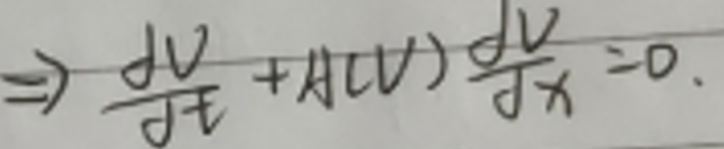
\[
\Rightarrow \frac{\mathrm{d}V}{\mathrm{d}t}+A(V)\frac{\mathrm{d}V}{\mathrm{d}x}=0.
\]